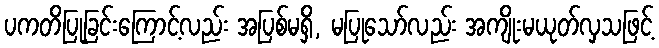
ပကတိပြုခြင်းကြောင့်လည်း အပြစ်မရှိ, မပြုသော်လည်း အကျိုးမယုတ်လှသဖြင့်